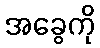
အခွေကို